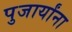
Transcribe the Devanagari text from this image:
पुजार्यांना